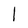
Character: l